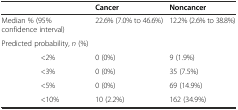
<table><thead><tr><td colspan="2"></td><td><b>Cancer</b></td><td><b>Noncancer</b></td></tr></thead><tbody><tr><td colspan="2">Median % (95% confidence interval)</td><td>22.6% (7.0% to 46.6%)</td><td>12.2% (2.6% to 38.8%)</td></tr><tr><td colspan="2">Predicted probability, <i>n</i> (%)</td><td></td><td></td></tr><tr><td></td><td>&lt;2%</td><td>0 (0%)</td><td>9 (1.9%)</td></tr><tr><td></td><td>&lt;3%</td><td>0 (0%)</td><td>35 (7.5%)</td></tr><tr><td></td><td>&lt;5%</td><td>0 (0%)</td><td>69 (14.9%)</td></tr><tr><td></td><td>&lt;10%</td><td>10 (2.2%)</td><td>162 (34.9%)</td></tr></tbody></table>